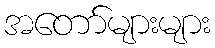
အတော်များများ